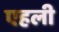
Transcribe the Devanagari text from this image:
एहली